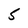
Character: 5